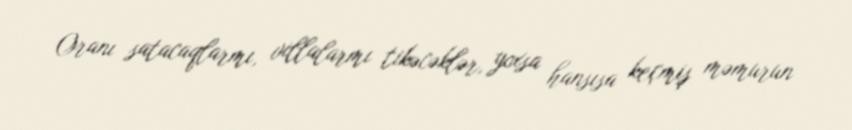
Oranı satacaqlarmı, villalarmı tikəcəklər, yoxsa hansısa keçmiş məmurun